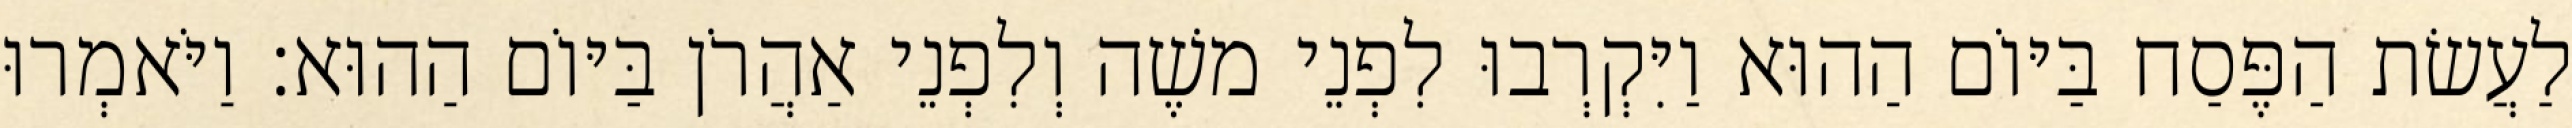
לַעֲשׂת הַפֶּסַח בַּיּוֹם הַהוּא וַיִּקְרְבוּ לִפְנֵי משֶׁה וְלִפְנֵי אַהֲרֹן בַּיּוֹם הַהוּא׃ וַיֹּאמְרוּ